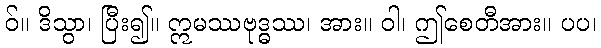
ဝ်။ ဒိသွာ၊ ပြီး၍။ ဣမဿဗုဒ္ဓဿ၊ အား။ ဝါ၊ ဤစေတီအား။ ပပ၊